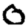
Digit: 0